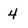
Character: 4